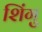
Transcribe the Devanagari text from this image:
शिंगु